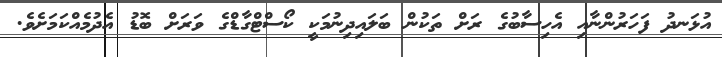
އުޅަނދު ފަހަރުންނާއި އެހިސާބުގެ ރަށް ތަކުން ބަލައިދިނުމަކީ ކޯސްޓްގާޑްގެ ވަރަށް ބޮޑު އެދުމެއްކަމަށެވެ.